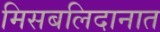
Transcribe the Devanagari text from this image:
मिसबलिदानात